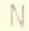
N